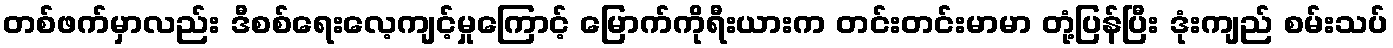
တစ်ဖက်မှာလည်း ဒီစစ်ရေးလေ့ကျင့်မှုကြောင့် မြောက်ကိုရီးယားက တင်းတင်းမာမာ တုံ့ပြန်ပြီး ဒုံးကျည် စမ်းသပ်